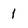
Character: 1